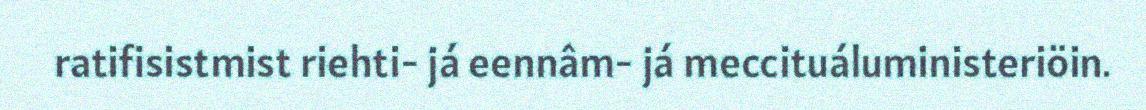
ratifisistmist riehti- já eennâm- já meccituáluministeriöin.